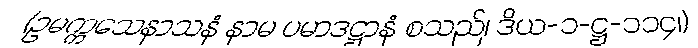
(ဥမက္ကသေနာသနံ နာမ ပမာဒဋ္ဌာနံ စသည်၊ ဒိယ-၁-ဋ္ဌ-၁၁၄၊)